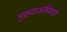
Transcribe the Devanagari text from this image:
मुख्याअधिकारी